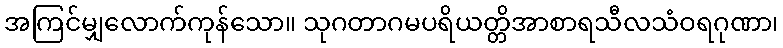
အကြင်မျှလောက်ကုန်သော။ သုဂတာဂမပရိယတ္တိအာစာရသီလသံဝရဂုဏာ၊